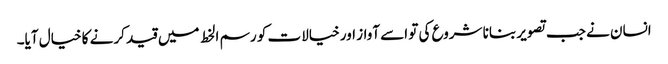
انسان نے جب تصویر بنانا شروع کی تو اسے آواز اور خیالات کو رسم الخط میں قید کرنے کا خیال آیا۔